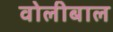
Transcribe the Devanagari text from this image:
वोलीबाल